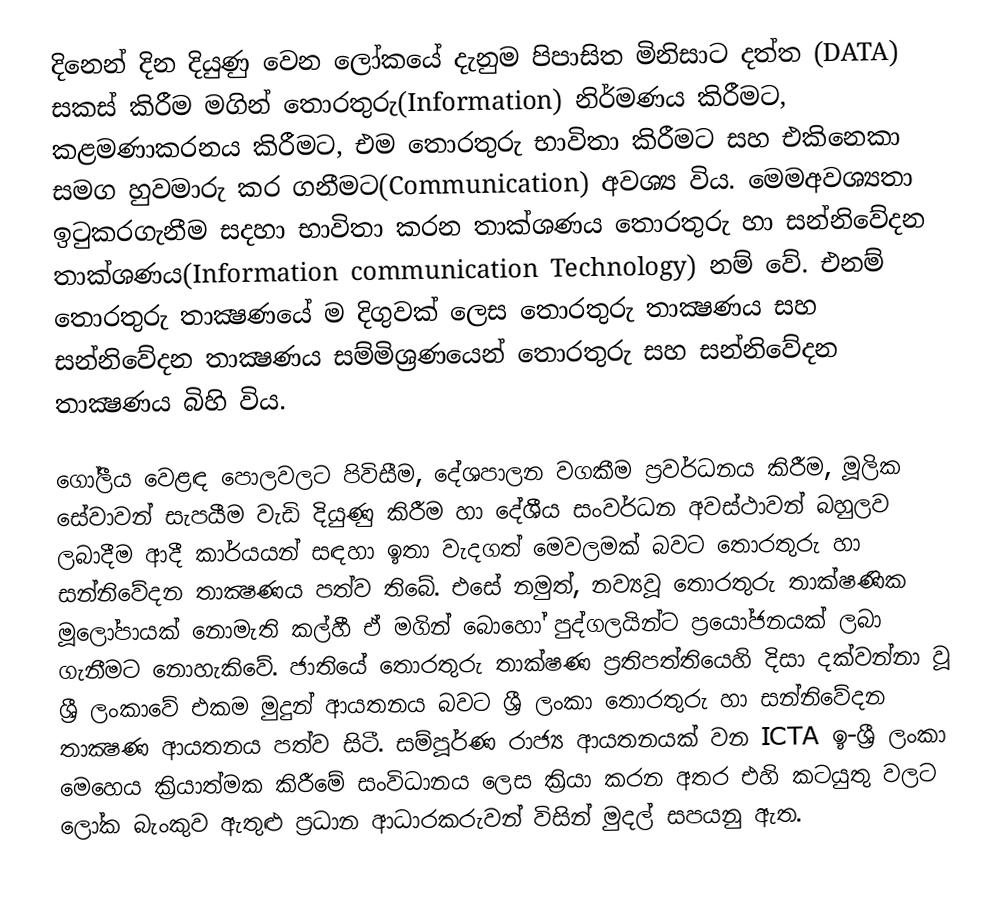
දිනෙන් දින දියුණු වෙන ලෝකයේ දැනුම පිපාසිත මිනිසාට දත්ත (DATA) සකස් කිරීම මගින් තොරතුරු(Information) නිර්මණය කිරීමට, කළමණාකරනය කිරීමට, එම තොරතුරු භාවිතා කිරීමට සහ එකිනෙකා සමග හුවමාරු කර ගනීමට(Communication) අවශ්‍ය විය. මෙමඅවශ්‍යතා ඉටුකරගැනීම සදහා භාවිතා කරන තාක්ශණය තොරතුරු හා සන්නිවේදන තාක්ශණය(Information communication Technology) නම් වේ. එනම් තොරතුරු තාක්‍ෂණයේ ම දිගුවක් ලෙස තොරතුරු තාක්‍ෂණය සහ සන්නිවේදන තාක්‍ෂණය සම්මිශ්‍රණයෙන් තොරතුරු සහ සන්නිවේදන තාක්‍ෂණය බිහි විය.

ගෝලීය වෙළඳ පොලවලට පිවිසීම, දේශපාලන වගකීම ප්‍රවර්ධනය කිරීම, මූලික සේවාවන් සැපයීම වැඩි දියුණු කිරීම හා දේශීය සංවර්ධන අවස්ථාවන් බහුලව ලබාදීම ආදී කාර්යයන් සඳහා ඉතා වැදගත් මෙවලමක් බවට තොරතුරු හා සන්නිවේදන තාක්‍ෂණය පත්ව තිබේ. එසේ නමුත්, නව්‍යවූ තොරතුරු තාක්ෂණික මූලෝපායක් නොමැති කල්හී ඒ මගින් බොහෝ පුද්ගලයින්ට ප්‍රයෝජනයක් ලබා ගැනීමට නොහැකිවේ. ජාතියේ තොරතුරු තාක්ෂණ ප්‍රතිපත්තියෙහි දිසා දක්වන්නා වූ ශ්‍රී ලංකාවේ එකම මුදුන් ආයතනය බවට ශ්‍රී ලංකා තොරතුරු හා සන්නිවේදන තාක්‍ෂණ ආයතනය පත්ව සිටී. සම්පූර්ණ රාජ්‍ය ආයතනයක් වන ICTA ඉ-ශ්‍රී ලංකා මෙහෙය ක්‍රියාත්මක කිරීමේ සංවිධානය ලෙස ක්‍රියා කරන අතර එහි කටයුතු වලට ලෝක බැංකුව ඇතුළු ප්‍රධාන ආධාරකරුවන් විසින් මුදල් සපයනු ඇත.